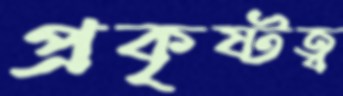
প্রকৃষ্টত্ব